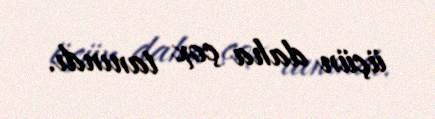
üçün daha çox tanındı.